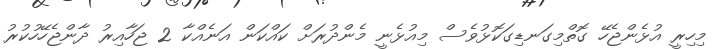
މިހިރީ އުޅެންޖެހޭ ގޮތްމިގަނޑިގަކޮޅުވެސް މިއުޅެނީ މެންދުރަށް ކައްކަން އަނެއްކާ 2 ޖަހާއިރު ދާންޖެހޭހުކުރު